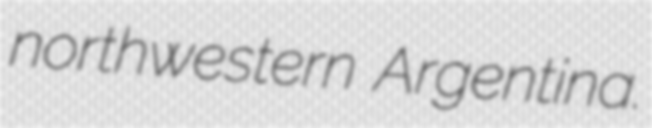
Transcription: northwestern Argentina.